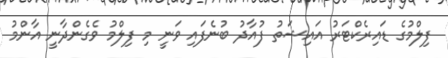
ފިލްމުގެ ޑައިރެކްޓަރު އައިޝަތު ފުއާދު ބުނެފައި ވަނީ މި ފިލްމު ވެގެންދާނީ އާންމު